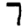
Digit: 7